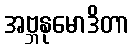
အဗ္ဘနုမောဒိတာ